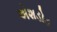
એશડોડ